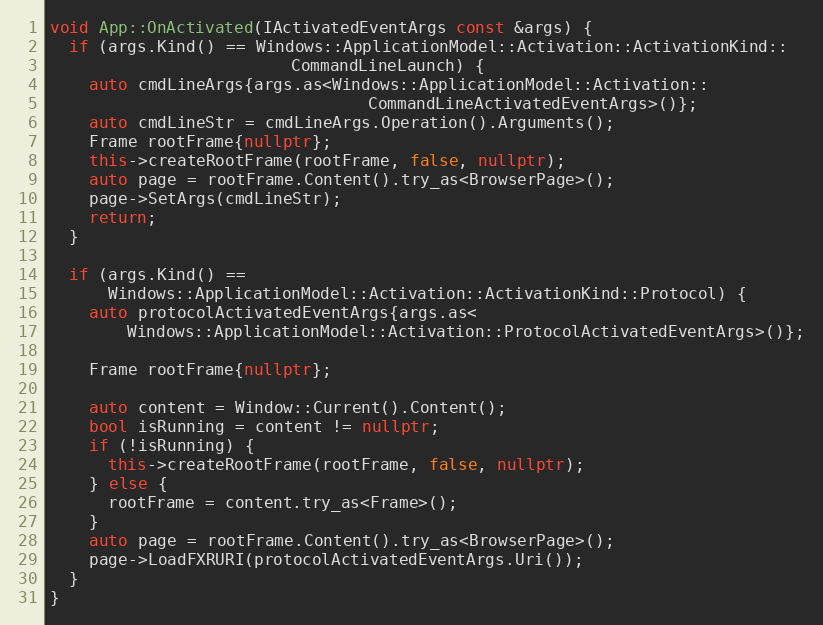
Language: C++
void App::OnActivated(IActivatedEventArgs const &args) {
  if (args.Kind() == Windows::ApplicationModel::Activation::ActivationKind::
                         CommandLineLaunch) {
    auto cmdLineArgs{args.as<Windows::ApplicationModel::Activation::
                                 CommandLineActivatedEventArgs>()};
    auto cmdLineStr = cmdLineArgs.Operation().Arguments();
    Frame rootFrame{nullptr};
    this->createRootFrame(rootFrame, false, nullptr);
    auto page = rootFrame.Content().try_as<BrowserPage>();
    page->SetArgs(cmdLineStr);
    return;
  }

  if (args.Kind() ==
      Windows::ApplicationModel::Activation::ActivationKind::Protocol) {
    auto protocolActivatedEventArgs{args.as<
        Windows::ApplicationModel::Activation::ProtocolActivatedEventArgs>()};

    Frame rootFrame{nullptr};

    auto content = Window::Current().Content();
    bool isRunning = content != nullptr;
    if (!isRunning) {
      this->createRootFrame(rootFrame, false, nullptr);
    } else {
      rootFrame = content.try_as<Frame>();
    }
    auto page = rootFrame.Content().try_as<BrowserPage>();
    page->LoadFXRURI(protocolActivatedEventArgs.Uri());
  }
}